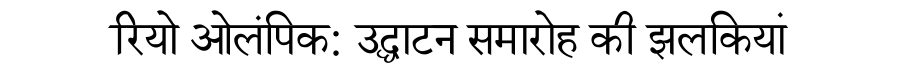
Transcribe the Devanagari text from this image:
रियो ओलंपिक: उद्घाटन समारोह की झलकियां